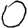
Digit: 0